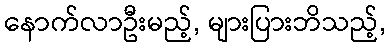
နောက်လာဦးမည့်, များပြားဘိသည့်,